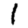
Digit: 1